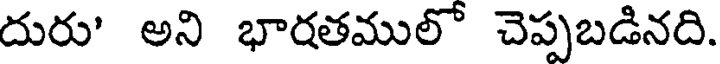
దురు' అని భారతములో చెప్పబడినది.